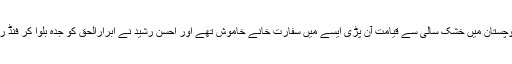
ایک بار بلوچستان میں خشک سالی سے قیامت آن پڑی ایسے میں سفارت خانے خاموش تھے اور احسن رشید نے ابرارالحق کو جدہ بلوا کر فنڈ ریزنگ کی۔